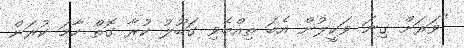
"ވަރަށް ގިނަ ވަކީލުން އެބަ ތިއްބެވި ގަބޫލު ކުރާ ގޮތް ހާމަ ކުރަން